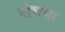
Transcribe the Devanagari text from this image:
टीचभर